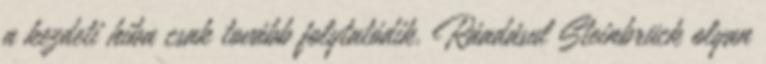
a kezdeti hiba csak tovább folytatódik. Ráadásul Steinbrück olyan